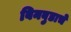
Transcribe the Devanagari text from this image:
बिनबुडाचे